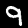
Label: 9